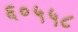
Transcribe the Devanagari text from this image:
६०५५८